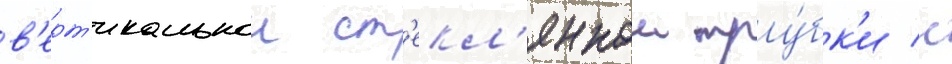
в'ерт'икальнои ст'екл'яннои тру́бк'и с